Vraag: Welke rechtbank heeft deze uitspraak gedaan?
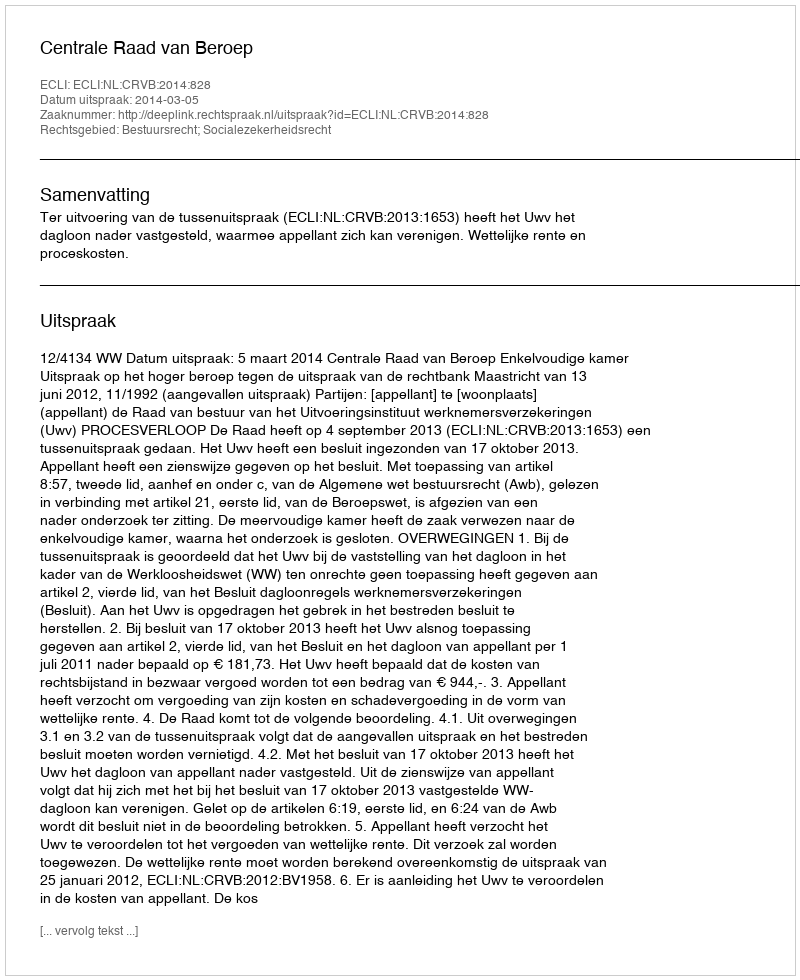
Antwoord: Centrale Raad van Beroep